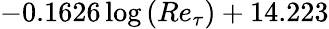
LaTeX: -0.1626\log{\left(Re_{\tau}\right)}+14.223